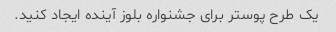
یک طرح پوستر برای جشنواره بلوز آینده ایجاد کنید.